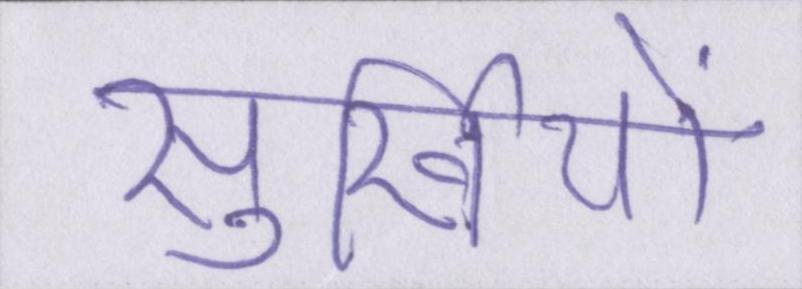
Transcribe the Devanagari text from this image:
सुर्खियों